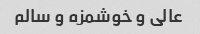
عالی و خوشمزه و سالم